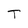
Character: T